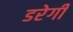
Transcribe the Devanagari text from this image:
डरेगी